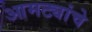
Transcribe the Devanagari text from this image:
आमट्यांचे